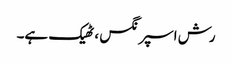
رش اسپرنگس ، ٹھیک ہے۔